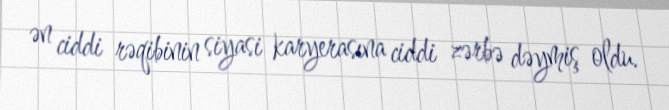
ən ciddi rəqibinin siyasi karyerasına ciddi zərbə dəymiş oldu.